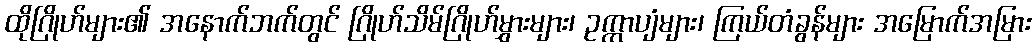
ထိုဂြိုဟ်များ၏ အနောက်ဘက်တွင် ဂြိုဟ်သိမ်ဂြိုဟ်မွှားများ၊ ဥက္ကာပျံများ၊ ကြယ်တံခွန်များ အမြောက်အမြား